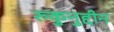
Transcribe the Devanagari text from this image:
रुकुनुद्दीन